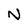
Character: N